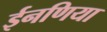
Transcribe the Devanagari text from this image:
ईनणिया